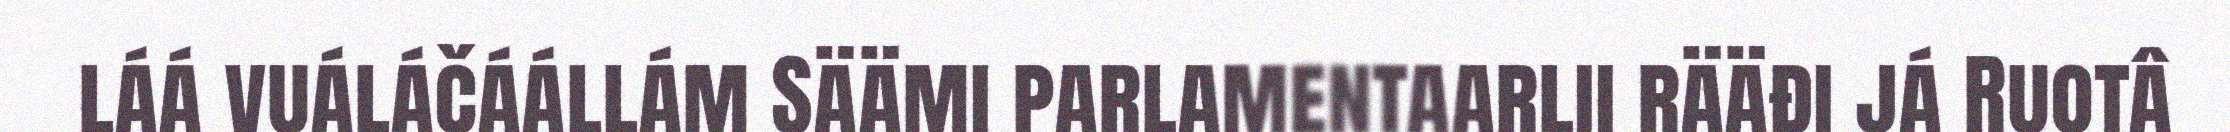
láá vuáláčáállám Säämi parlamentaarlii rääđi já Ruotâ